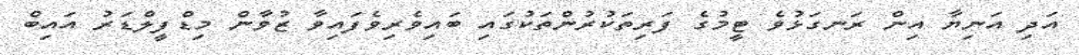
އަދި އަނިޔާ އިން ރަނގަޅުވެ ޓީމުގެ ފަރިތަކުރުންތަކުގައި ބައިވެރިވެފައިވާ ޒުވާން މިޑްފީލްޑަރު އައިބް